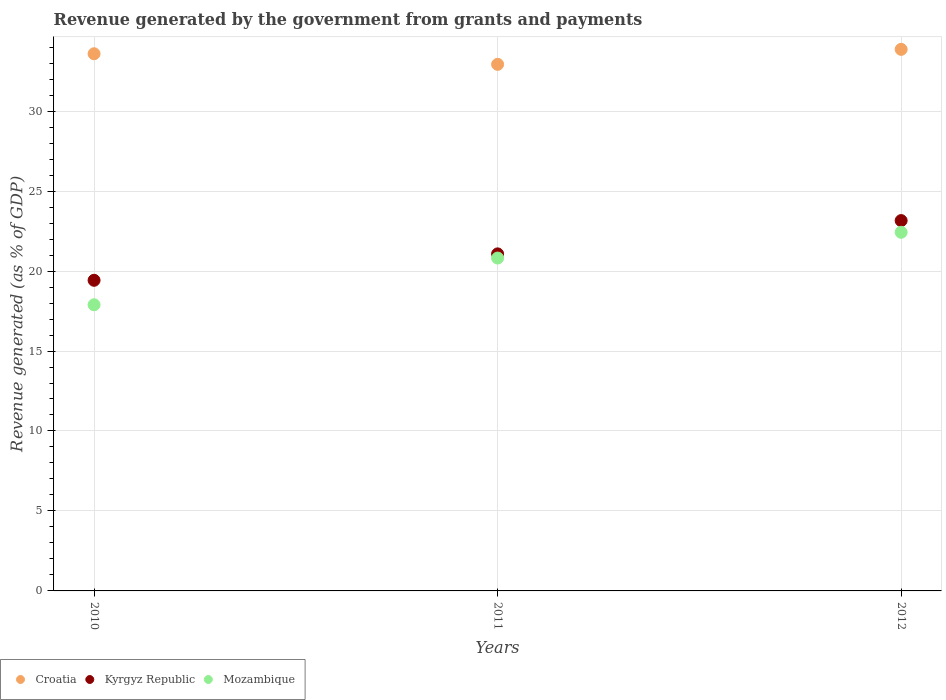
| Years | Croatia | Kyrgyz Republic | Mozambique |
 | --- | --- | --- | --- |
 | 2010 | 33.6 | 19.4 | 17.9 |
 | 2011 | 32.9 | 21.1 | 20.8 |
 | 2012 | 33.9 | 23.2 | 22.4 |